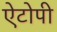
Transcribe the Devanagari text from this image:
ऐटोपी